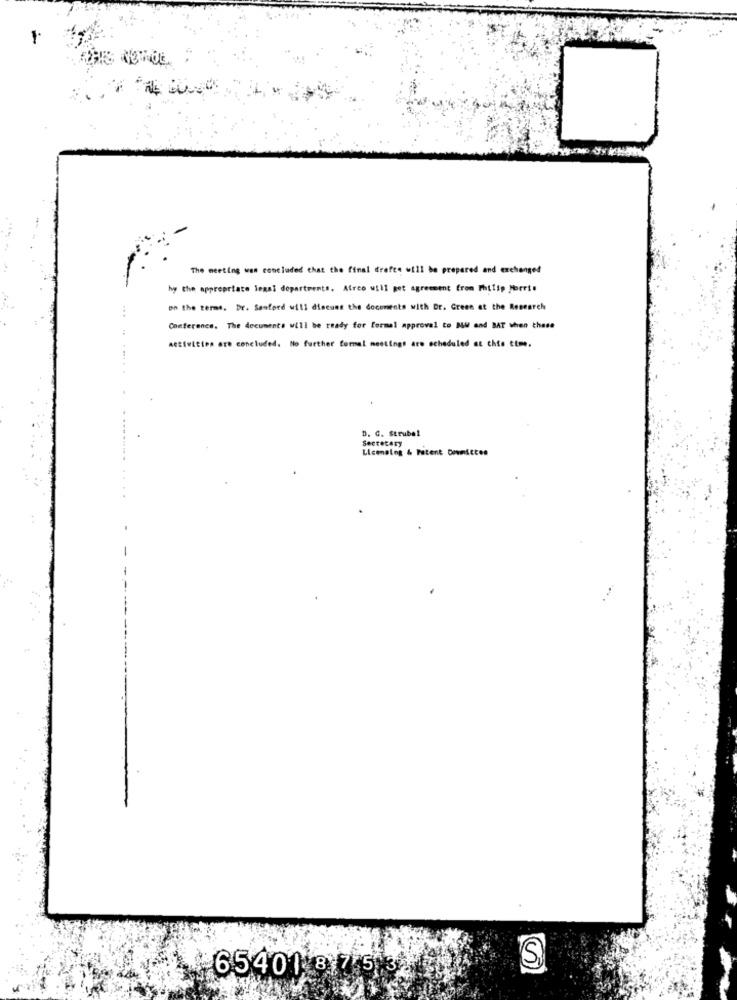
The meeting was concluded that the final drafte will be prepared and exchanged
hy the appropriate legal departments. Afree will get agreement from Philip Morris
...
on the terms. Dr. Sanford will dineund the documents with Dr. Green at the Research
Conference, The documents will be ready for formal approval to Bu and BAT when these
Activities are concluded. No further formal meetings are scheduled at this time.
D. C. Strubel
Secretary
Licensing & Patent Downiecon
S
65401 817 5 3